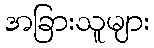
အခြားသူများ